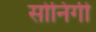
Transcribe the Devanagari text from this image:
सोनिंगी